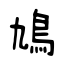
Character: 鳩